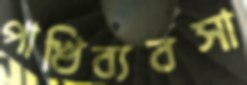
পাখিব্যবসা